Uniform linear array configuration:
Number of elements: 48
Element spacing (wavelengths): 0.5
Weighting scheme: uniform
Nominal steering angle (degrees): -15
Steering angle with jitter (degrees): -16.193
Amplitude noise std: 0.05
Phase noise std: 0.05

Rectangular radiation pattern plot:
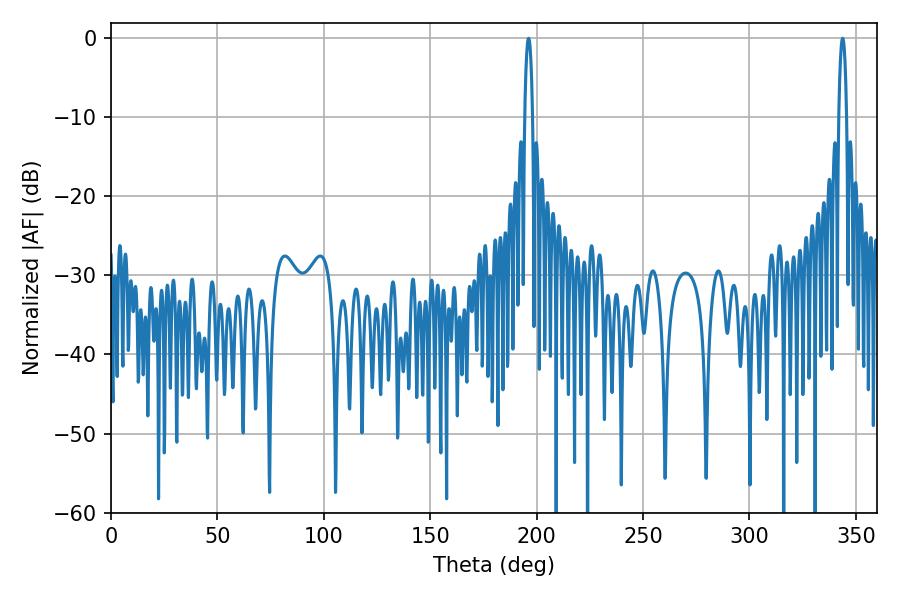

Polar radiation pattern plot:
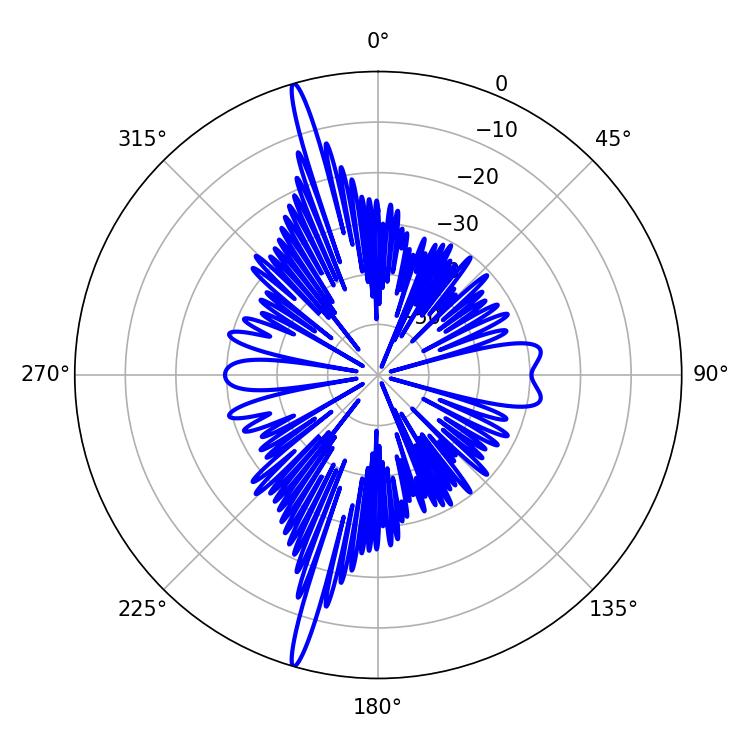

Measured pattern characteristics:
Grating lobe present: FALSE
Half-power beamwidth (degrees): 2.16
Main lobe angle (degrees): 196.2